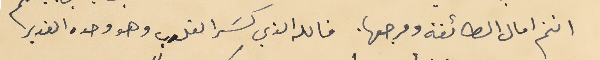
انتم امال الطائفة ومرجعها. فالله الذي كسَر القلوب وهو وحده القدير